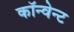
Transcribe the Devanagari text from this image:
कॉन्वेन्ट